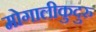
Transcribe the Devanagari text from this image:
मोगालीकुदुरु